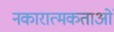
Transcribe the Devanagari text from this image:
नकारात्मकताओं